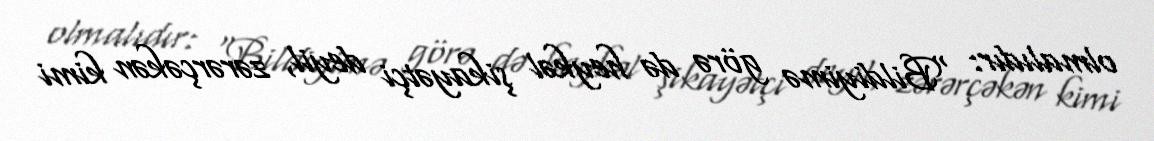
olmalıdır: “Bildiyimə görə də heykəl şikayətçi deyil, zərərçəkən kimi